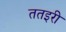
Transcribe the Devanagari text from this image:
ततइरी